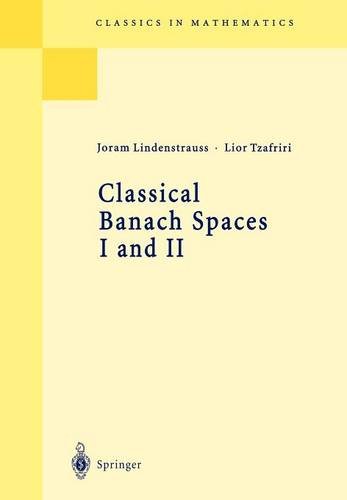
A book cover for Classical Banach Spaces I (Classics in Mathematics); J. Lindenstrauss; Science & Math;